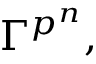
\Gamma ^ { p ^ { n } } ,